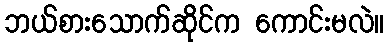
ဘယ်စားသောက်ဆိုင်က ကောင်းမလဲ။